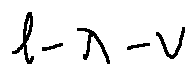
l - \lambda - v